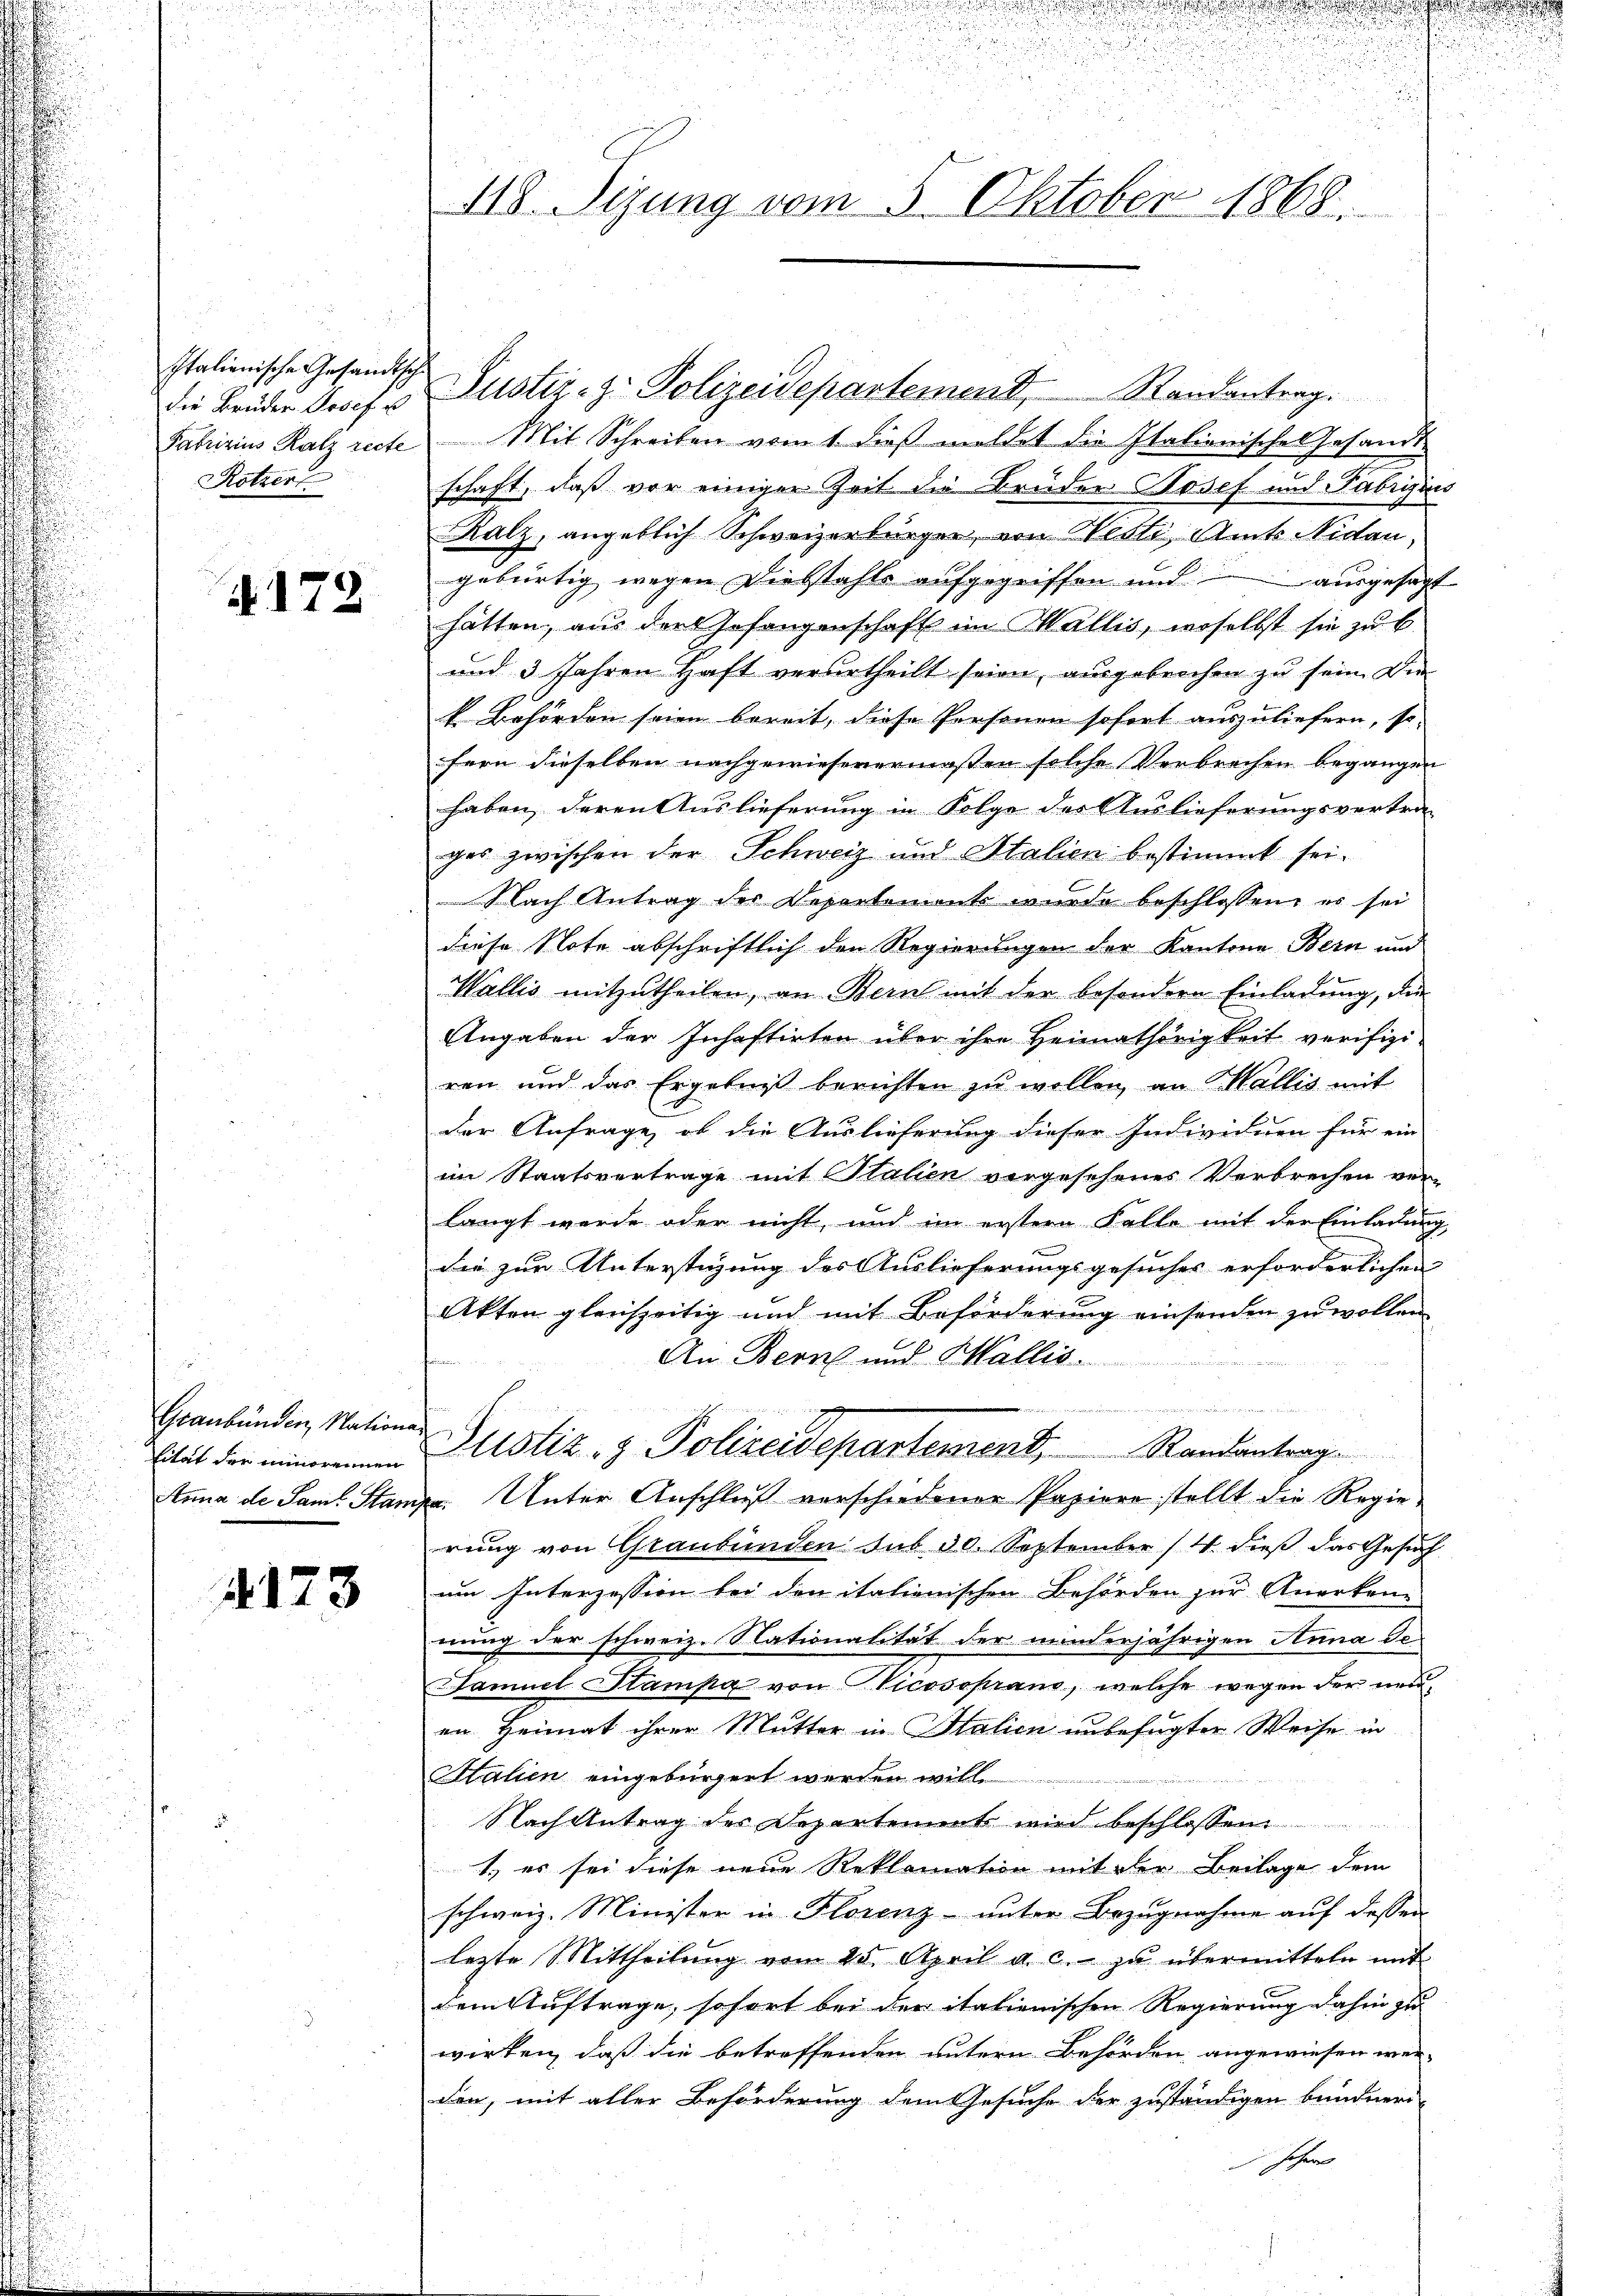
Italienische Gesandtsche
Patrizius Ratz recte
Kotzer

4172

Graubünden, Nationa
tität der minorennen
Anna de Samt Stam

4123

d
Bauze an der
118. Sizung vom 5. Oktober 1868.

Mit Schreiben vom 1. dieß meldet die Italionische Gesandtschaft, daß vor einiger Zeit die Brüder Josef und Fabrizius
Ralz, angeblich Schweizerbürger, von Weste Amts Nidau,
gebürtig wegen Diebstahls aufgegriffen und ausgesagt
hätten, aus den Gefangenschaft im Wallis, woselbst sie zu b
und 3 Jahren Haft verurtheilt seien, ausgebrochen zu sein. Die
k. Behörden seien bereit, diese Personen sofort auszuliefern, so
fern dieselben nachgewiesenermassen solche Verbrechen begangen
haben, deren Auslieferung in Folge des Auslieferungsvertra-
ges zwischen der Schweiz und Stalien bestimmt sei.
Nach Antrag der Departement wurde beschlossen, es sei
diese Note abschriftlich den Regierungen der Kantone Bern und
Wallis mitzutheilen, an Bern mit der besondern Einladung, die
Angaben der Inhaftirten über ihre Heimathörigkeit verifizi-
ren und das Ergebniß berichten zu wollen, an Wallis mit
der Anfrage, ob die Auslieferung dieser Individuen für ein
im Staatsvertrage mit Italien vorgesehenes Verbrechen ver-
langt werde oder nicht, und im erstern Falle mit der Einladung,
die zur Unterstüzung des Auslieferungsgesuches erforderlichen
Akten gleichzeitig und mit Beförderung einsenden zu wollen
An Bern und Wallis.
M. Freiben di
Justiz- & Polizeidepartement, Randantrag
. Unter Anschluß verschiedener Papiere stellt die Regierung von Graubünden sub 30. September 14. dieß das Gesuch
um Interzession bei den italienischen Behörden zur Anerken-
nung der schweiz. Nationalität der minderjährigen Anna de
Samuel Stampa von Vicosoprand, welche wegen der neuen Heimat ihrer Mutter in Italien unbefugter Weise in
Stalien eingebürgert werden will
Nach Antrag der Departement wird beschlossen:
1., es sei diese neue Reklamation mit der Beilage dem
schweiz. Minister in Florenz- unter Bezugnahme auf dessen
lezte Mittheilung vom 25. April a. c. zu übermitteln mit
dem Auftrage, sofort bei der italienischen Regierung dahin zu
wirken, daß die betreffenden untern Behörden angewiesen wer-
don, mit aller Beförderung dem Gesuche der zuständigen bundneri-
hohen

die Brüder Josef u Justiz-Z. Polizeidepartemend, Randantrag.